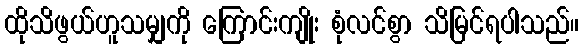
ထိုသိဖွယ်ဟူသမျှကို ကြောင်းကျိုး စုံလင်စွာ သိမြင်ရပါသည်။